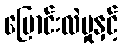
ပြောင်းလဲမှုနှင့်